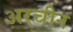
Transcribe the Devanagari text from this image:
अरचीन